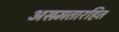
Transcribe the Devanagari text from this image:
असमतारहित